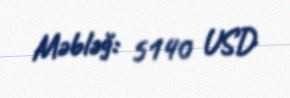
Məbləğ: 5140 USD